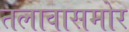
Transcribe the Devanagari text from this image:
तलावासमोर